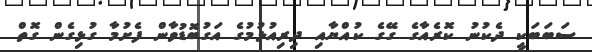
ސަބަބަކީ ދެކުނު ކޮރެއާގެ ގޭގެ ކުއްޔާއި ދިރިއުޅުމުގެ އަގުބޮޑުވާން ފެށުމާ ގުޅިގެން ގޮތް